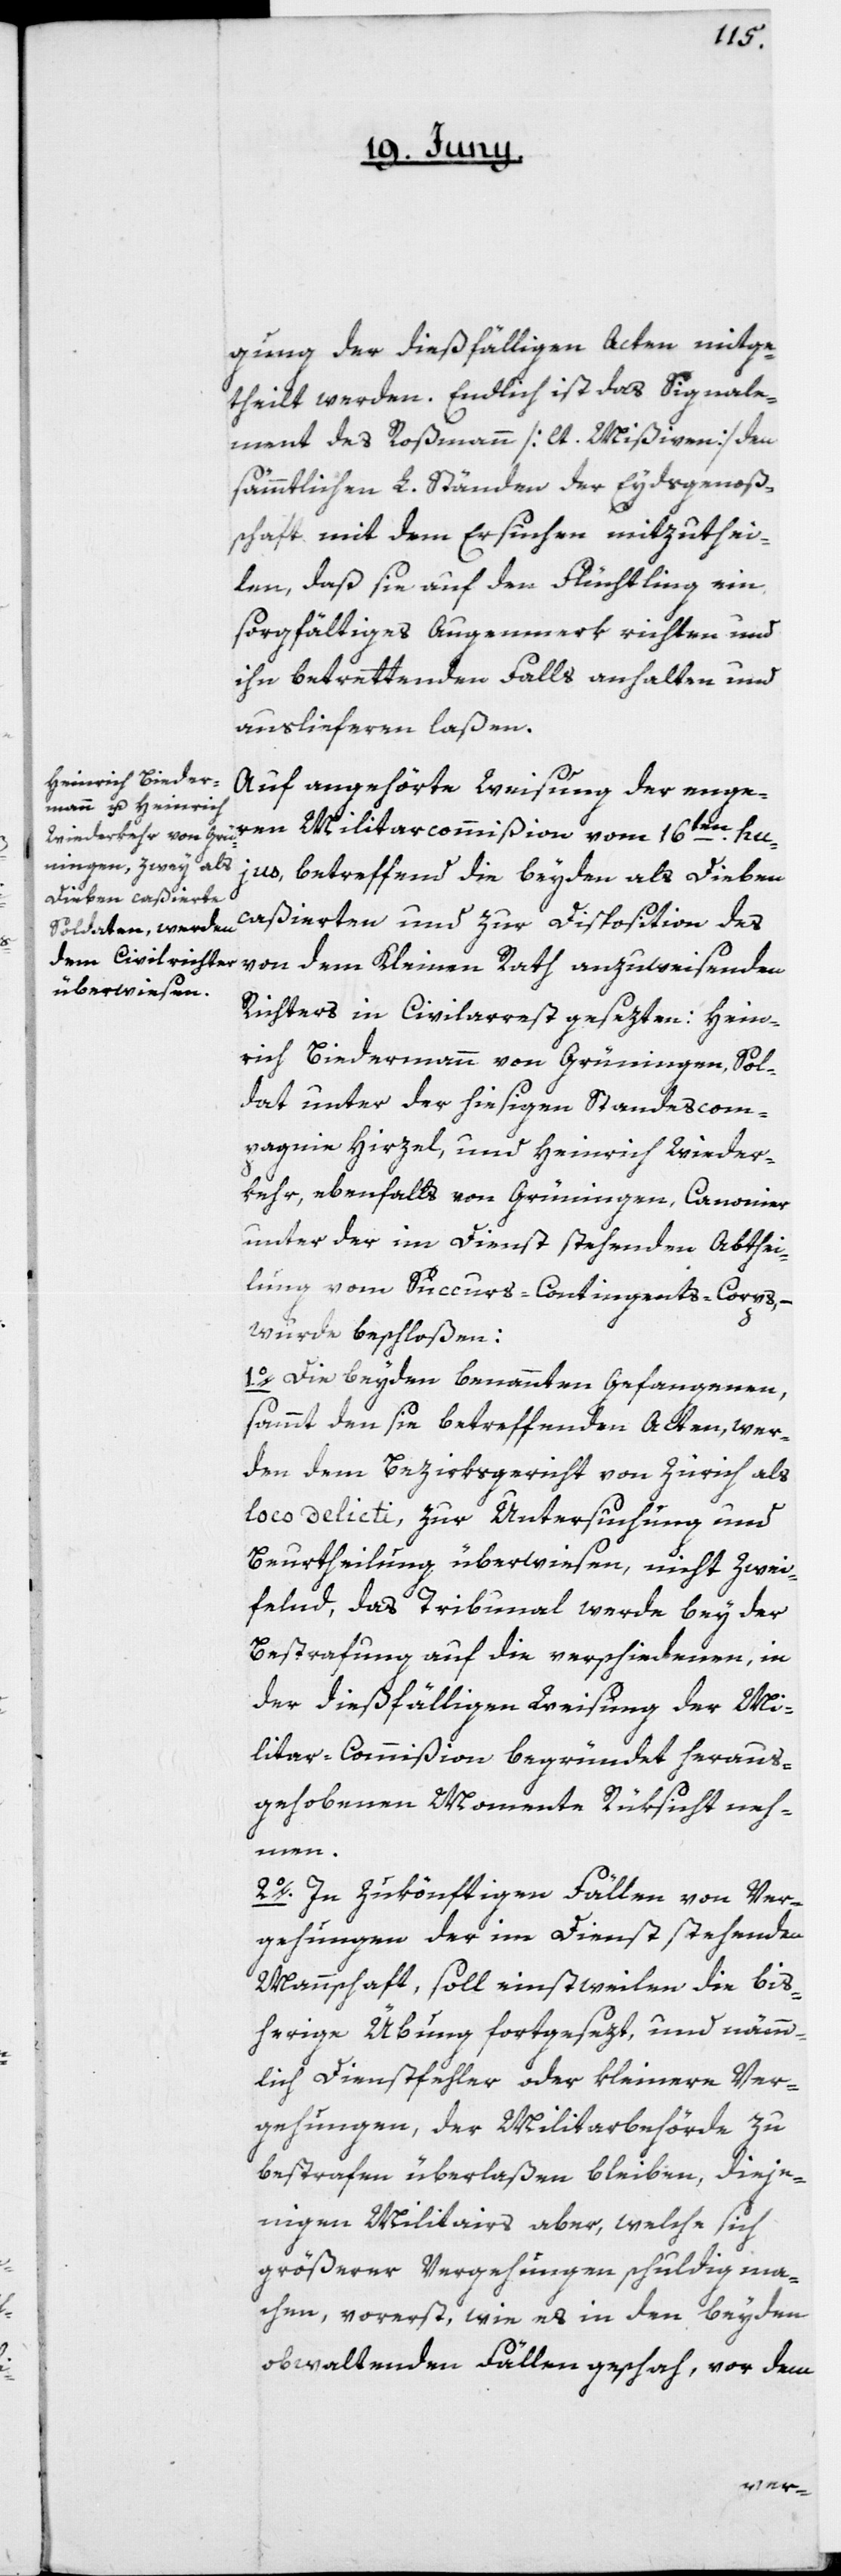
gung der dießfälligen Acten mitge¬
theilt werden. Endlich ist das Signale¬
ment des Roßmann [lt. Mißiven] den
sämmtlichen L. Ständen der Eydsgenoße¬
nschaft mit dem Ersuchen mitzuthei¬
len, daß sie auf den Flüchtling ein
sorgfältiges Augenmerk richten und
ihn betrettenden Falls anhalten und
auslieferen laßen.
Auf angehörte Weisung der enge¬
hujus, betreffend die beyden als Dieben
caßierten und zur Disposition des
von dem Kleinen Rath anzuweisenden
Richters in Civilarrest gesezten: Hein¬
rich Biedermann von Grüningen, Sol¬
dat unter der hiesigen Standescom¬
pagnie Hirzel, und Heinrich Wieder¬
kehr, ebenfalls von Grüningen, Canonier
unter der im Dienst stehenden Abthei¬
lung vom Succurs-Contingents-Corps, –
wurde beschloßen:
1o. Die beyden benannten Gefangenen,
sammt den sie betreffenden Acten, wer¬
den dem Bezirksgericht von Zürich als
loco delicti, zur Untersuchung und
Beurtheilung überwiesen, nicht zwei¬
felnd, das Tribunal werde bey der
Bestrafung auf die verschiedenen, in
der dießfälligen Weisung der Mi¬
litar-Commißion begründet heraus¬
gehobenen Momente Rüksicht neh¬
men.
2o. In zukönftigen Fällen von Ver¬
gehungen der im Dienst stehenden
Mannschaft, soll einstweilen die bis¬
herige Übung fortgesezt, und nämm¬
lich Dienstfehler oder kleinere Ver¬
gehungen, der Militarbehörde zu
bestrafen überlaßen bleiben, dieje¬
nigen Militairs aber, welche sich
größerer Vergehungen schuldig ma¬
chen, vorerst, wie es in den beyden
obwaltenden Fällen geschah, vor dem
ren